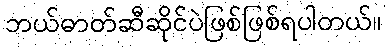
ဘယ်ဓာတ်ဆီဆိုင်ပဲဖြစ်ဖြစ်ရပါတယ်။